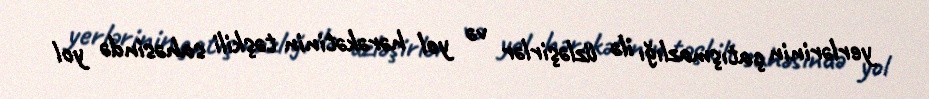
yerlərinin çatışmazlığı ilə üzləşirlər və yol hərəkətinin təşkili sahəsində yol